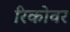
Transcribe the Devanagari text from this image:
रिकोवर